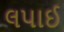
લપાઈ